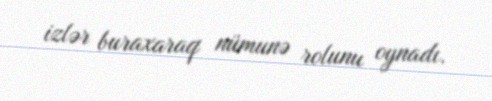
izlər buraxaraq nümunə rolunu oynadı.